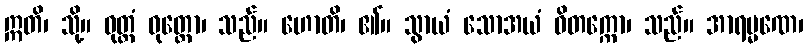
ဣတိ၊ သို့။ ဝုတ္တံ ဝုတ္တော၊ သည်။ ဟောတိ၊ ၏။ သွာယံ သောအယံ ဝိတက္ကော၊ သည်။ အာရမ္မဏေ၊